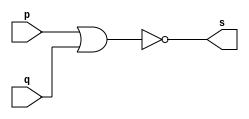
// --------------------- 
// Exemplo0007 - nor 
// Nome: Ursula Rosa Monteiro de Castro 
// --------------------- 
// --------------------- 
// -- nor gate 
// --------------------- 
module norgate (output s, input p, input q); 
assign s = ~(p|q); 

endmodule      // nor 
// --------------------- 
// -- test norgate 
// --------------------- 
module testnorgate; 
// ------------------------- dados locais 
reg  a,b;       // definir registrador 
wire  s;        // definir conexao (fio) 
// ------------------------- instancia 
norgate NOR1 (s, a, b); 
// ------------------------- preparacao 
initial begin:start 
a=0;     
b=0;    
end 
// ------------------------- parte principal 
initial begin:main 
$display("Exemplo0007 - Ursula Rosa - 427468"); 
$display("Test nor gate"); 
$display("\n a ~| b = s\n"); 
$monitor("%b ~| %b = %b" , a, b, s);
#1  a=0; b=0;
#1  a=0; b=1;
#1  a=1; b=0;
#1  a=1; b=1;
end 
endmodule  // testnorgate